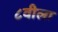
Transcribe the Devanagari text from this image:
८वीला